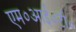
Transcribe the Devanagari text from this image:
एम०आई०टी०